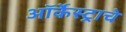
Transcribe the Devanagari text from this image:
ऑर्केस्ट्राचे